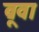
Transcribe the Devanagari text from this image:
ब्रूवा